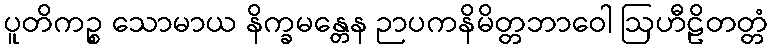
ပူတိကဉ္စ သောမာယ နိက္ခမန္တေန ဉာပကနိမိတ္တဘာဝေါ ဩဟီဠိတတ္တံ